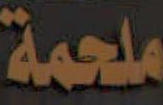
ملحمة